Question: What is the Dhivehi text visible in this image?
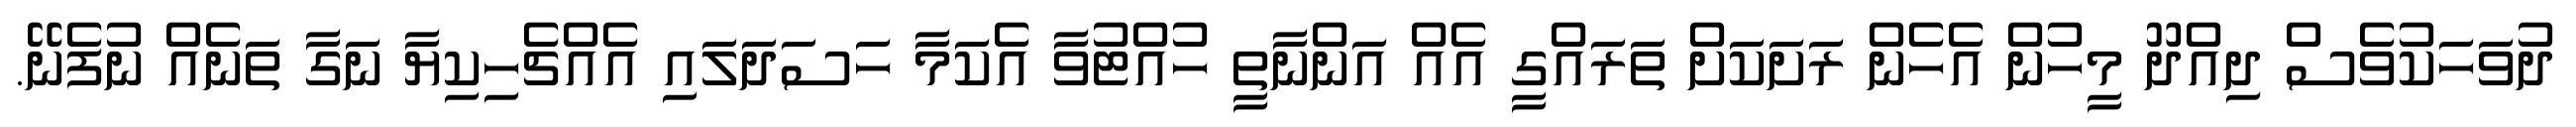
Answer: ދުވަހަކުވެސް ދިއްދޫ މީހުން އެހެން ރަށަކަށް ތަރައްގީ އެއް އަންނާތީ ހުއްޓުވާ އެކަމާ ހަސަދަލައި އެއްޗެހިކިޔާ ނަގާ ތަނެއް ނުފެނޭ.